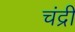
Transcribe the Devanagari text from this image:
चंद्री